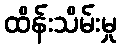
ထိန်းသိမ်းမှု